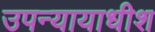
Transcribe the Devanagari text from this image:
उपन्यायाधीश